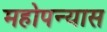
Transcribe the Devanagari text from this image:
महोपन्यास